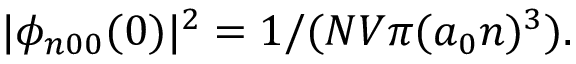
| \phi _ { n 0 0 } ( 0 ) | ^ { 2 } = 1 / ( N V \pi ( a _ { 0 } n ) ^ { 3 } ) .